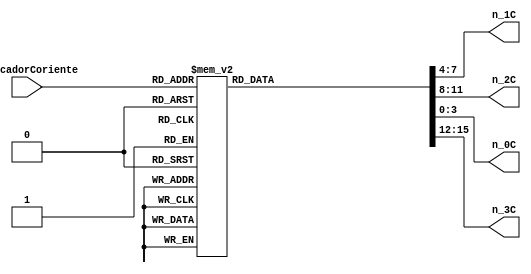
`timescale 1ns / 1ps
//////////////////////////////////////////////////////////////////////////////////
// Company: 
// Engineer: 
// 
// Design Name: 
// Module Name:    deco_7seg_corriente 
// Project Name: 
// Target Devices: 
// Tool versions: 
// Description: 
//
// Dependencies: 
//
// Revision: 
// Revision 0.01 - File Created
// Additional Comments: 
//
//////////////////////////////////////////////////////////////////////////////////
module deco_7seg_corriente(
input [3:0] indicadorCoriente,
output [3:0]n_1C,n_2C,n_0C,n_3C
);


reg [3:0]n1,n2,n0,n3; 
 
always @(indicadorCoriente) 
begin
case(indicadorCoriente)
4'b0000 :begin
			n0 = 4'd0;
			n1 = 4'd0;
			n2 = 4'd0; 
			n3 = 4'd0;
		end
4'b0001 :begin
			n0 = 4'd10;
			n1 = 4'd0;
			n2 = 4'd0;
			n3 = 4'd1;
		end
4'b0010 :begin
			n0 = 4'd10;
			n1 = 4'd0;
			n2 = 4'd0;
			n3 = 4'd2;
		end
4'b0011 :begin 
			n0 = 4'd10;
			n1 = 4'd0;
			n2 = 4'd0;
			n3 = 4'd3;
		end
4'b0100  :begin
			n0 = 4'd10;
			n1 = 4'd0;
			n2 = 4'd0;
			n3 = 4'd4;
		end
4'b0101 :begin
			n0 = 4'd10;
			n1 = 4'd0;
			n2 = 4'd0;
			n3 = 4'd5;
		end
4'b0110 :begin
			n0 = 4'd10;
			n1 = 4'd0;
			n2 = 4'd0;
			n3 = 4'd6;
		end 
4'b0111 :begin
			n0 = 4'd10; 
			n1 = 4'd0;
			n2 = 4'd0;
			n3 = 4'd7;
		end
4'b1000 :begin
			n0 = 4'd10; 
			n1 = 4'd0;
			n2 = 4'd0;
			n3 = 4'd8;
		end
4'b1001 :begin
			n0 = 4'd10; 
			n1 = 4'd0;
			n2 = 4'd0;
			n3 = 4'd9;
		end
4'b1010 :begin
			n0 = 4'd0; 
			n1 = 4'd0;
			n2 = 4'd0;
			n3 = 4'd1;
		end
		default begin
		 n0 = 4'd10;
		 n1 = 4'd10;
		 n2 = 4'd10;
		 n3 = 4'd10;
		 end
endcase
end 
assign n_0C = n0,n_1C = n1,n_2C = n2,n_3C = n3;
endmodule